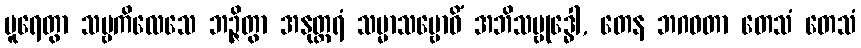
ပူရေတွာ သဗ္ဗကိလေသေ ဘဉ္ဇိတွာ အနုတ္တရံ သမ္မာသမ္ဗောဓိံ အဘိသမ္ဗုဒ္ဓေါ, တေန ဘဂဝတာ တေသံ တေသံ